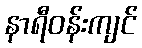
နာရီဝန်းကျင်